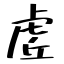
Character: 虗